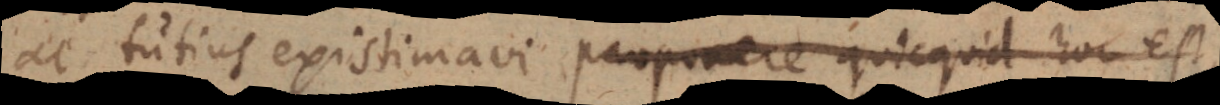
ac tutius existimavi proponere quicquid hoc est